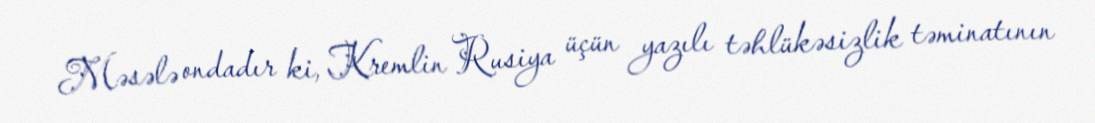
Məsələ ondadır ki, Kremlin Rusiya üçün yazılı təhlükəsizlik təminatının